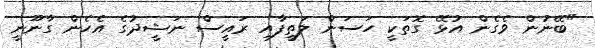
"ބޭނުން ވެގެން އުޅޭ ގޮތަކީ ހަސަން ލަތީފާއި ރައީސް ނަޝީދުގެ އެހެން ގާނޫނީ